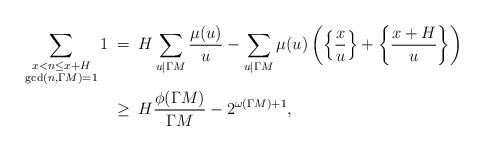
LaTeX: \begin{align*}\sum_{\substack{x<n\le x+H \\ \gcd(n,\Gamma M)=1}} 1&\hskip 0.1cm= \hskip 0.1cmH \sum\limits_{u\mid \Gamma M}\dfrac{\mu(u)}{u}-\sum\limits_{u\mid \Gamma M}\mu(u)\left(\left\{\dfrac{x}{u}\right\}+\left\{\dfrac{x+H}{u}\right\}\right) \\&\hskip 0.1cm\ge \hskip 0.1cm H\dfrac{\phi(\Gamma M)}{ \Gamma M}-2^{\omega(\Gamma M)+1},\end{align*}